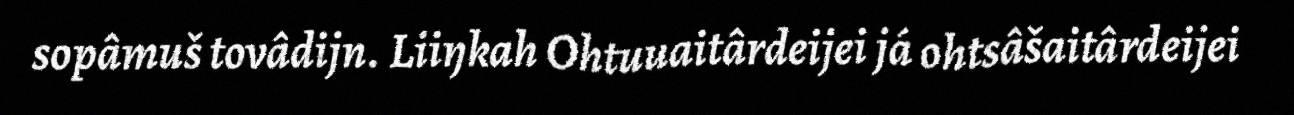
sopâmuš tovâdijn. Liiŋkah Ohtuuaitârdeijei já ohtsâšaitârdeijei